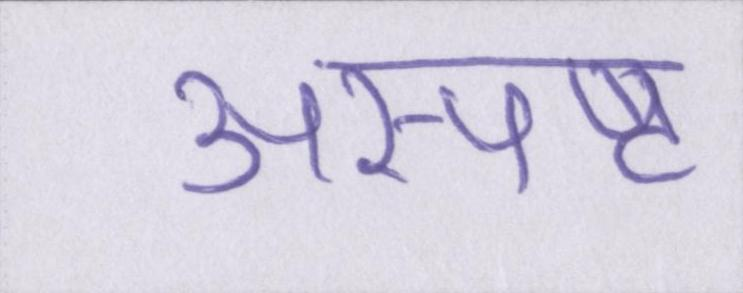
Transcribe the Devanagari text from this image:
अस्पष्ट